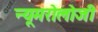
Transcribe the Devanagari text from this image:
न्यूमरोलोजी